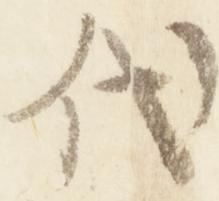
代